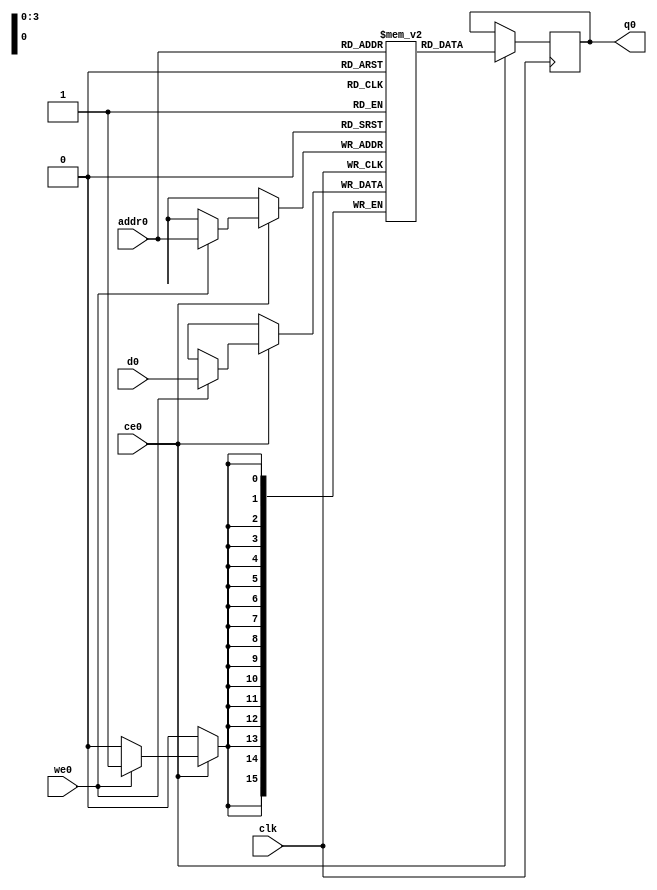
// ==============================================================
// Vivado(TM) HLS - High-Level Synthesis from C, C++ and SystemC v2019.2 (64-bit)
// Copyright 1986-2019 Xilinx, Inc. All Rights Reserved.
// ==============================================================
`timescale 1 ns / 1 ps
module pooling2d_cl_ss_ap_fixed_ap_fixed_16_5_5_3_0_config6_s_meibs_ram (addr0, ce0, d0, we0, q0,  clk);

parameter DWIDTH = 16;
parameter AWIDTH = 4;
parameter MEM_SIZE = 16;

input[AWIDTH-1:0] addr0;
input ce0;
input[DWIDTH-1:0] d0;
input we0;
output reg[DWIDTH-1:0] q0;
input clk;

(* ram_style = "distributed" *)reg [DWIDTH-1:0] ram[0:MEM_SIZE-1];




always @(posedge clk)  
begin 
    if (ce0) begin
        if (we0) 
            ram[addr0] <= d0; 
        q0 <= ram[addr0];
    end
end


endmodule

`timescale 1 ns / 1 ps
module pooling2d_cl_ss_ap_fixed_ap_fixed_16_5_5_3_0_config6_s_meibs(
    reset,
    clk,
    address0,
    ce0,
    we0,
    d0,
    q0);

parameter DataWidth = 32'd16;
parameter AddressRange = 32'd16;
parameter AddressWidth = 32'd4;
input reset;
input clk;
input[AddressWidth - 1:0] address0;
input ce0;
input we0;
input[DataWidth - 1:0] d0;
output[DataWidth - 1:0] q0;



pooling2d_cl_ss_ap_fixed_ap_fixed_16_5_5_3_0_config6_s_meibs_ram pooling2d_cl_ss_ap_fixed_ap_fixed_16_5_5_3_0_config6_s_meibs_ram_U(
    .clk( clk ),
    .addr0( address0 ),
    .ce0( ce0 ),
    .we0( we0 ),
    .d0( d0 ),
    .q0( q0 ));

endmodule